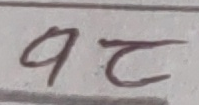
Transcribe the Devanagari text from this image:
१ट